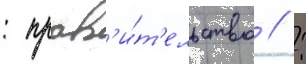
: прав'и́т'ельство // :